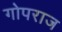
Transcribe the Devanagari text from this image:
गोपराज